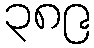
၃၈၉